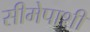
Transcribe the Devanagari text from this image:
सीमेपाशी